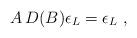
LaTeX: \begin{align*}A\,D(B)\epsilon _{L}=\epsilon _{L}\ , \end{align*}